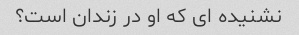
نشنیده ای که او در زندان است؟